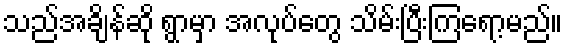
သည်အချိန်ဆို ရွာမှာ အလုပ်တွေ သိမ်းပြီးကြရော့မည်။